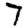
Digit: 7